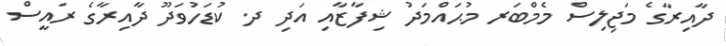
ދާއިރާގެ މަޖިލިސް މެމްބަރ މުޙައްމަދު ޝިފާޒާއި އަދި ދ. ކުޑަހުވަދޫ ދާއިރާގެ ރައީސް